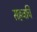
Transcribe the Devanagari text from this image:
सहजचि